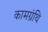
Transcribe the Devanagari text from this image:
कामग्रंथि